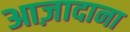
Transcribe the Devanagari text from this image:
आज़ादाना